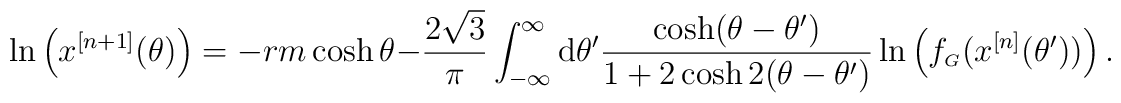
\ln \left( x^{[n+1]}(\theta )\right) = -rm \cosh \theta - \frac{2\sqrt{3}}{\pi} \int_{-\infty }^{\infty} {\rm d}\theta^\prime \frac{\cosh (\theta -\theta^\prime)}{ 1+2 \cosh 2(\theta -\theta^\prime)}   \ln \left( f_{\scriptscriptstyle G}  \bigl( x^{[n]}(\theta^\prime) \bigr) \right).